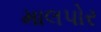
માલપોર